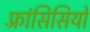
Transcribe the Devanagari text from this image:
फ़्रांसिसियों